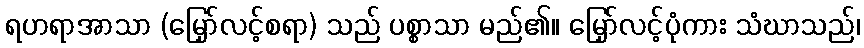
ရဟရာအာသာ (မြှော်လင့်စရာ) သည် ပစ္စာသာ မည်၏။ မြှော်လင့်ပုံကား သံဃာသည်၊